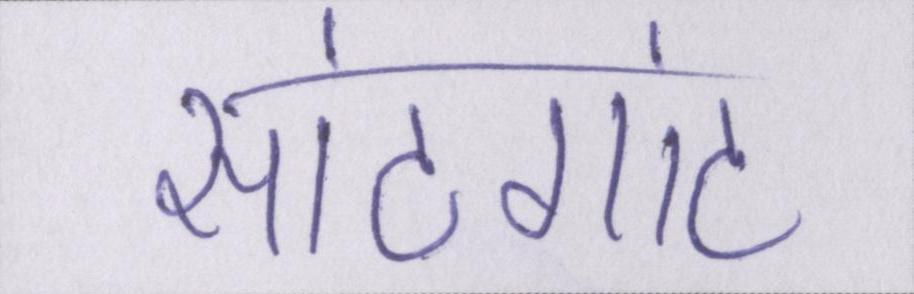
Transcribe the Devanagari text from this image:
सांठगांठ